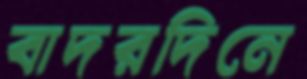
বাদরদিনে